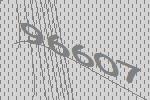
96607